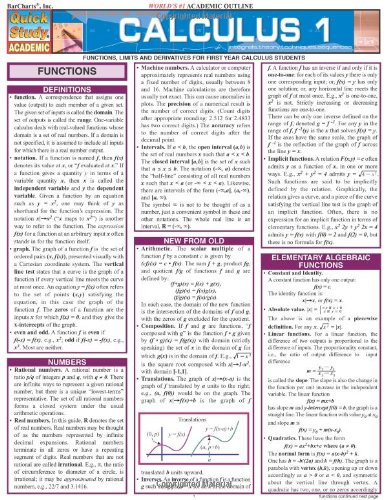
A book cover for Calculus 1; Inc. BarCharts; Science & Math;